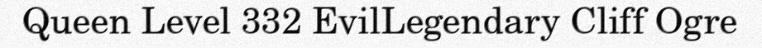
Queen Level 332 EvilLegendary Cliff Ogre